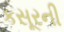
કસૂરની